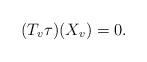
LaTeX: \begin{align*}(T_v \tau)(X_v) = 0.\end{align*}